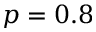
p = 0 . 8